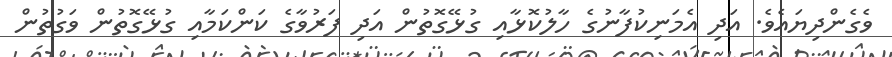
ވެގެންދިޔައެވެ. އަދި އެމަނިކުފާނުގެ ހާލުކޮޅާއި ގުޅޭގޮތުން އަދި ފަރުވާގެ ކަންކަމާއި ގުޅޭގޮތުން ވަގުތުން